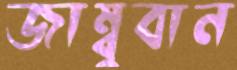
জাম্বুবান